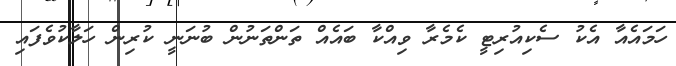
ހަމައެއާ އެކު ސެކިއުރިޓީ ކެމެރާ ވިއްކާ ބައެއް ތަންތަނުން ބުނަނީ ކުރިން ހަލާކުވެފައި